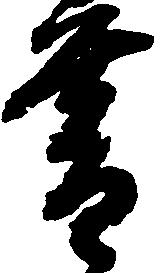
暮